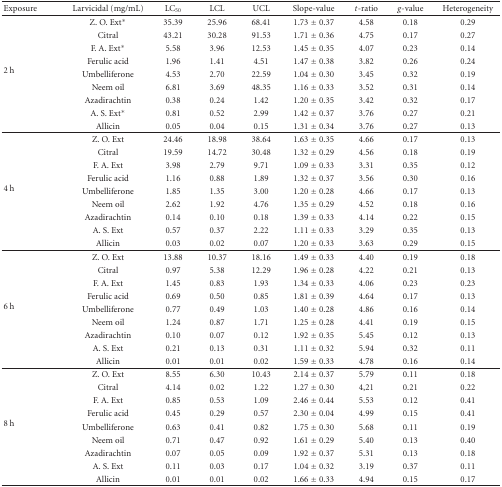
<table><thead><tr><td><b>Exposure</b></td><td><b>Larvicidal (mg/mL)</b></td><td><b>LC<sub>50</sub></b></td><td><b>LCL</b></td><td><b>UCL</b></td><td><b>Slope-value</b></td><td><b><i>t</i>-ratio</b></td><td><b><i>g</i>-value</b></td><td><b>Heterogeneity</b></td></tr></thead><tbody><tr><td rowspan="9">2 h</td><td>Z. O. Ext*</td><td>35.39</td><td>25.96</td><td>68.41</td><td>1.73 ± 0.37</td><td>4.58</td><td>0.18</td><td>0.29</td></tr><tr><td>Citral</td><td>43.21</td><td>30.28</td><td>91.53</td><td>1.71 ± 0.36</td><td>4.75</td><td>0.17</td><td>0.27</td></tr><tr><td>F. A. Ext*</td><td>5.58</td><td>3.96</td><td>12.53</td><td>1.45 ± 0.35</td><td>4.07</td><td>0.23</td><td>0.14</td></tr><tr><td>Ferulic acid</td><td>1.96</td><td>1.41</td><td>4.51</td><td>1.47 ± 0.38</td><td>3.82</td><td>0.26</td><td>0.24</td></tr><tr><td>Umbelliferone</td><td>4.53</td><td>2.70</td><td>22.59</td><td>1.04 ± 0.30</td><td>3.45</td><td>0.32</td><td>0.19</td></tr><tr><td>Neem oil</td><td>6.81</td><td>3.69</td><td>48.35</td><td>1.16 ± 0.33</td><td>3.52</td><td>0.31</td><td>0.14</td></tr><tr><td>Azadirachtin</td><td>0.38</td><td>0.24</td><td>1.42</td><td>1.20 ± 0.35</td><td>3.42</td><td>0.32</td><td>0.17</td></tr><tr><td>A. S. Ext*</td><td>0.81</td><td>0.52</td><td>2.99</td><td>1.42 ± 0.37</td><td>3.76</td><td>0.27</td><td>0.21</td></tr><tr><td>Allicin</td><td>0.05</td><td>0.04</td><td>0.15</td><td>1.31 ± 0.34</td><td>3.76</td><td>0.27</td><td>0.13</td></tr><tr><td rowspan="9">4 h</td><td>Z. O. Ext</td><td>24.46</td><td>18.98</td><td>38.64</td><td>1.63 ± 0.35</td><td>4.66</td><td>0.17</td><td>0.13</td></tr><tr><td>Citral</td><td>19.59</td><td>14.72</td><td>30.48</td><td>1.32 ± 0.29</td><td>4.56</td><td>0.18</td><td>0.19</td></tr><tr><td>F. A. Ext</td><td>3.98</td><td>2.79</td><td>9.71</td><td>1.09 ± 0.33</td><td>3.31</td><td>0.35</td><td>0.12</td></tr><tr><td>Ferulic acid</td><td>1.16</td><td>0.88</td><td>1.89</td><td>1.32 ± 0.37</td><td>3.56</td><td>0.30</td><td>0.16</td></tr><tr><td>Umbelliferone</td><td>1.85</td><td>1.35</td><td>3.00</td><td>1.20 ± 0.28</td><td>4.66</td><td>0.17</td><td>0.13</td></tr><tr><td>Neem oil</td><td>2.62</td><td>1.92</td><td>4.76</td><td>1.35 ± 0.29</td><td>4.52</td><td>0.18</td><td>0.16</td></tr><tr><td>Azadirachtin</td><td>0.14</td><td>0.10</td><td>0.18</td><td>1.39 ± 0.33</td><td>4.14</td><td>0.22</td><td>0.15</td></tr><tr><td>A. S. Ext</td><td>0.57</td><td>0.37</td><td>2.22</td><td>1.11 ± 0.33</td><td>3.29</td><td>0.35</td><td>0.13</td></tr><tr><td>Allicin</td><td>0.03</td><td>0.02</td><td>0.07</td><td>1.20 ± 0.33</td><td>3.63</td><td>0.29</td><td>0.15</td></tr><tr><td rowspan="9">6 h</td><td>Z. O. Ext</td><td>13.88</td><td>10.37</td><td>18.16</td><td>1.49 ± 0.33</td><td>4.40</td><td>0.19</td><td>0.18</td></tr><tr><td>Citral</td><td>0.97</td><td>5.38</td><td>12.29</td><td>1.96 ± 0.28</td><td>4.22</td><td>0.21</td><td>0.13</td></tr><tr><td>F. A. Ext</td><td>1.45</td><td>0.83</td><td>1.93</td><td>1.34 ± 0.33</td><td>4.06</td><td>0.23</td><td>0.23</td></tr><tr><td>Ferulic acid</td><td>0.69</td><td>0.50</td><td>0.85</td><td>1.81 ± 0.39</td><td>4.64</td><td>0.17</td><td>0.13</td></tr><tr><td>Umbelliferone</td><td>0.77</td><td>0.49</td><td>1.03</td><td>1.40 ± 0.28</td><td>4.86</td><td>0.16</td><td>0.14</td></tr><tr><td>Neem oil</td><td>1.24</td><td>0.87</td><td>1.71</td><td>1.25 ± 0.28</td><td>4.41</td><td>0.19</td><td>0.15</td></tr><tr><td>Azadirachtin</td><td>0.10</td><td>0.07</td><td>0.12</td><td>1.92 ± 0.35</td><td>5.45</td><td>0.12</td><td>0.13</td></tr><tr><td>A. S. Ext</td><td>0.21</td><td>0.13</td><td>0.31</td><td>1.11 ± 0.32</td><td>5.94</td><td>0.32</td><td>0.11</td></tr><tr><td>Allicin</td><td>0.01</td><td>0.01</td><td>0.02</td><td>1.59 ± 0.33</td><td>4.78</td><td>0.16</td><td>0.14</td></tr><tr><td rowspan="9">8 h</td><td>Z. O. Ext</td><td>8.55</td><td>6.30</td><td>10.43</td><td>2.14 ± 0.37</td><td>5.79</td><td>0.11</td><td>0.18</td></tr><tr><td>Citral</td><td>4.14</td><td>0.02</td><td>1.22</td><td>1.27 ± 0.30</td><td>4,21</td><td>0.21</td><td>0.22</td></tr><tr><td>F. A. Ext</td><td>0.85</td><td>0.53</td><td>1.09</td><td>2.46 ± 0.44</td><td>5.53</td><td>0.12</td><td>0.41</td></tr><tr><td>Ferulic acid</td><td>0.45</td><td>0.29</td><td>0.57</td><td>2.30 ± 0.04</td><td>4.99</td><td>0.15</td><td>0.41</td></tr><tr><td>Umbelliferone</td><td>0.63</td><td>0.41</td><td>0.82</td><td>1.75 ± 0.30</td><td>5.68</td><td>0.11</td><td>0.19</td></tr><tr><td>Neem oil</td><td>0.71</td><td>0.47</td><td>0.92</td><td>1.61 ± 0.29</td><td>5.40</td><td>0.13</td><td>0.40</td></tr><tr><td>Azadirachtin</td><td>0.07</td><td>0.05</td><td>0.09</td><td>1.92 ± 0.37</td><td>5.31</td><td>0.13</td><td>0.18</td></tr><tr><td>A. S. Ext</td><td>0.11</td><td>0.03</td><td>0.17</td><td>1.04 ± 0.32</td><td>3.19</td><td>0.37</td><td>0.11</td></tr><tr><td>Allicin</td><td>0.01</td><td>0.01</td><td>0.02</td><td>1.66 ± 0.33</td><td>4.94</td><td>0.15</td><td>0.17</td></tr></tbody></table>